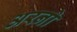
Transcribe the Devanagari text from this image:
अरनो